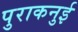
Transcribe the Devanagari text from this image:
पुराकनुई